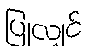
ပြုလျှင်